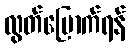
လွတ်မြောက်ရန်